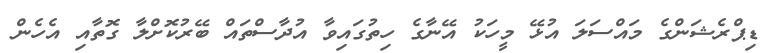
ޑިޕްރެޝަންގެ މައްސަލަ އުޅޭ މީހަކު އޭނާގެ ހިތުގައިވާ އުދާސްތައް ބޭރުކޮށްލާ ގޮތާއި އެހެން